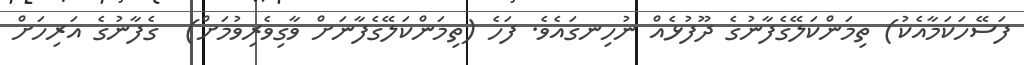
ފަސޭހަކަމާއެކު) ތިމަންކަލޭގެފާނުގެ ދޫފުޅެއް ނުހިނގައެވެ. ފަހެ (ތިމަންކަލޭގެފާނަށް ވާގިވެރިވުމަށް)  ގެފާނުގެ އަރިހަށް